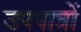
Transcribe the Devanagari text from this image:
उपपात्रों